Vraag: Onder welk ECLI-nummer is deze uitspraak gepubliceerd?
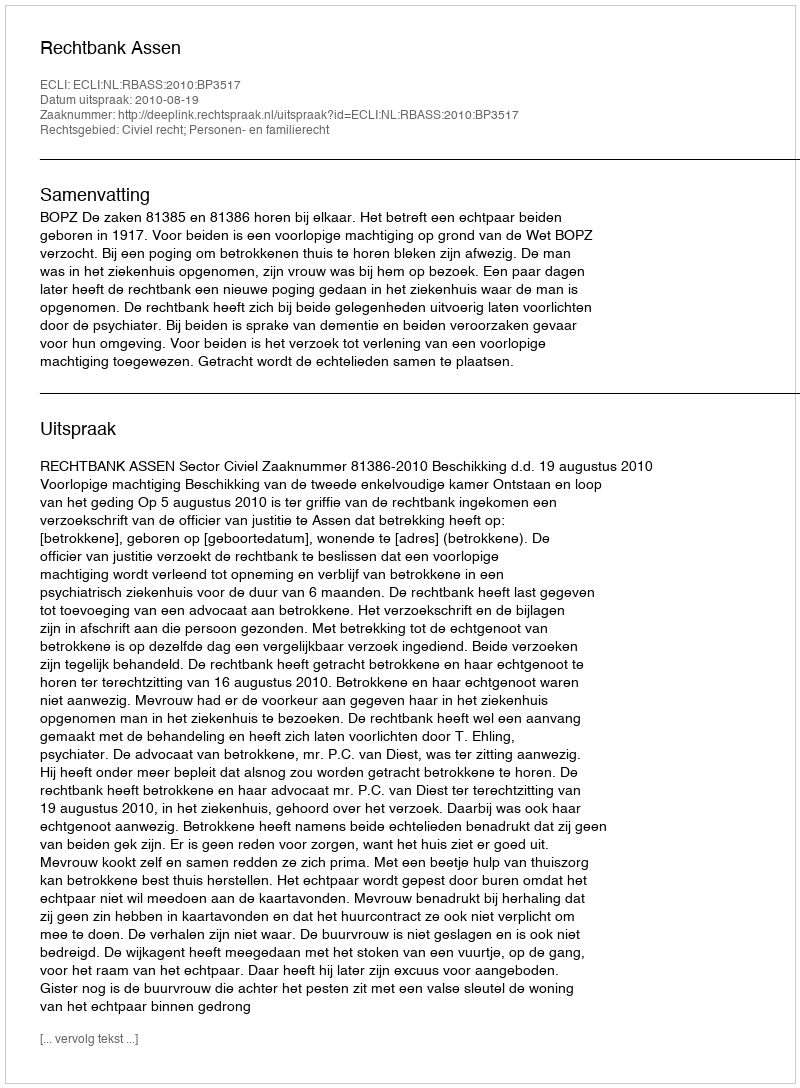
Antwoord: ECLI:NL:RBASS:2010:BP3517